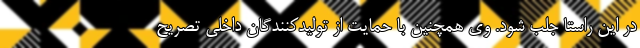
در این راستا جلب شود. وی همچنین با حمایت از تولیدکنندگان داخلی تصریح